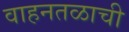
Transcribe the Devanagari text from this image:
वाहनतळाची